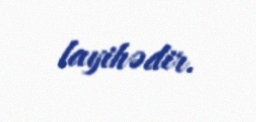
layihədir.